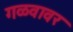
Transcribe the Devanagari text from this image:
गळवावर